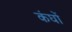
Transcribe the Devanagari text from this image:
कंघों